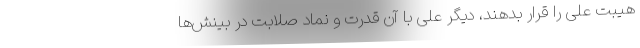
هیبت علی را قرار بدهند، دیگر علی با آن قدرت و نماد صلابت در بینش‌ها